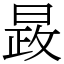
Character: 晸